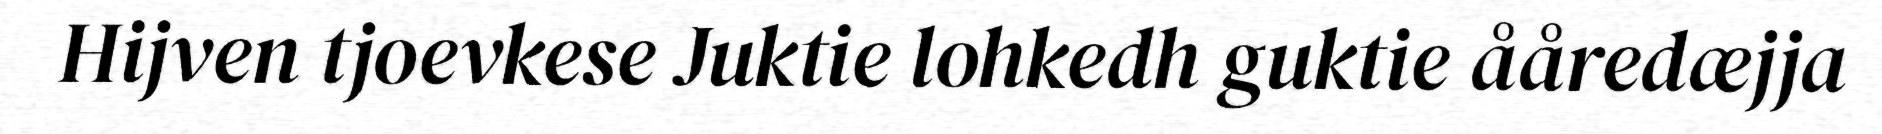
Hijven tjoevkese Juktie lohkedh guktie ååredæjja